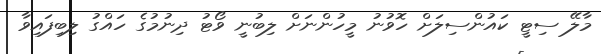
މާލޭ ސިޓީ ކައުންސިލަށް ހޮވުނު މީހުންނަށް ލިބުނީ ވޯޓު ދިނުމުގެ ހައްގު ލިބިފައިވާ